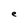
Character: e